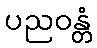
ပညဝန္တံ